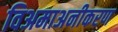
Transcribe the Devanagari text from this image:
विअमाअनीकरण